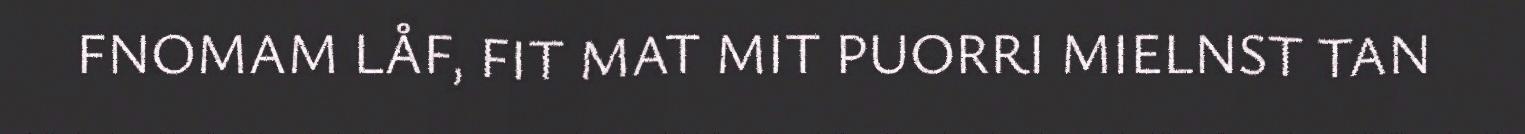
FNOMAM LÅF, FIT MAT MIT PUORRI MIELNST TAN